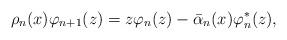
LaTeX: \begin{align*}{} \rho_{n}(x) \varphi_{n+1}(z) = z \varphi_{n}(z) - \bar{\alpha}_{n}(x) \varphi_{n}^{*}(z),\end{align*}